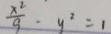
\frac { x ^ { 2 } } { 9 } - y ^ { 2 } = 1